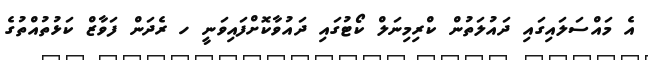
އެ މައްސަލައިގައި ދައުލަތުން ކްރިމިނަލް ކޯޓުގައި ދައުވާކޮށްފައިވަނީ ހ ރެދަން ފަވާޒް ކަޅުތުއްތުގެ